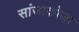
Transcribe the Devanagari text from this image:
सांजाकोजा